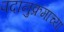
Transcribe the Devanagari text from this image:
पदानुक्रमाच्या